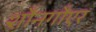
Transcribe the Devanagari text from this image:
शौनगौएर